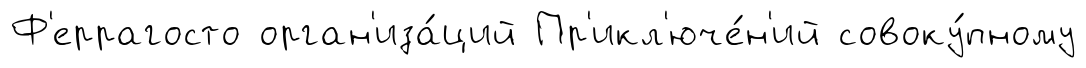
Ф'еррагосто орган'иза́ций Пр'икл'юче́н'ий совоку́пному